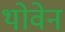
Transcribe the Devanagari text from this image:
थोवेन